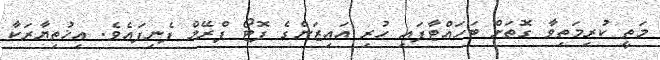
މަތީ ކުރިމަތިވާ ގޮތަށް ބަހައްޓާފައި ހުރި އައިޒަންގެ ފޮޓޯ ފްރޭމް ފެނިފައެވެ. އިޚުތިޔާރަކާ